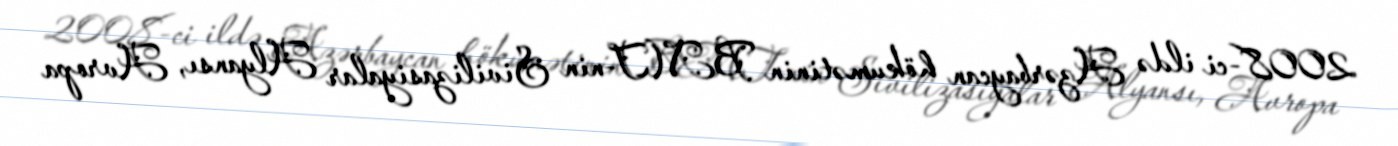
2008-ci ildə Azərbaycan hökumətinin BMT-nin Sivilizasiyalar Alyansı, Avropa